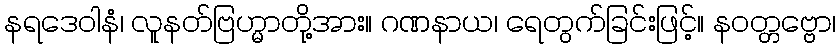
နရဒေဝါနံ၊ လူနတ်ဗြဟ္မာတို့အား။ ဂဏနာယ၊ ရေတွက်ခြင်းဖြင့်။ နဝတ္တဗ္ဗော၊